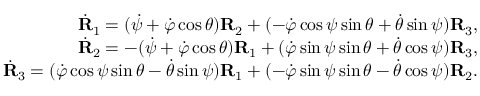
\begin{array} { r } { \dot { \bf R } _ { 1 } = ( \dot { \psi } + \dot { \varphi } \cos \theta ) { \bf R } _ { 2 } + ( - \dot { \varphi } \cos \psi \sin \theta + \dot { \theta } \sin \psi ) { \bf R } _ { 3 } , } \\ { \dot { \bf R } _ { 2 } = - ( \dot { \psi } + \dot { \varphi } \cos \theta ) { \bf R } _ { 1 } + ( \dot { \varphi } \sin \psi \sin \theta + \dot { \theta } \cos \psi ) { \bf R } _ { 3 } , } \\ { \dot { \bf R } _ { 3 } = ( \dot { \varphi } \cos \psi \sin \theta - \dot { \theta } \sin \psi ) { \bf R } _ { 1 } + ( - \dot { \varphi } \sin \psi \sin \theta - \dot { \theta } \cos \psi ) { \bf R } _ { 2 } . } \end{array}